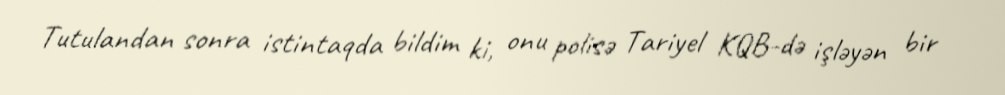
Tutulandan sonra istintaqda bildim ki, onu polisə Tariyel KQB-də işləyən bir